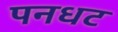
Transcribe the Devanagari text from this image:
पनधट